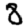
Digit: 8